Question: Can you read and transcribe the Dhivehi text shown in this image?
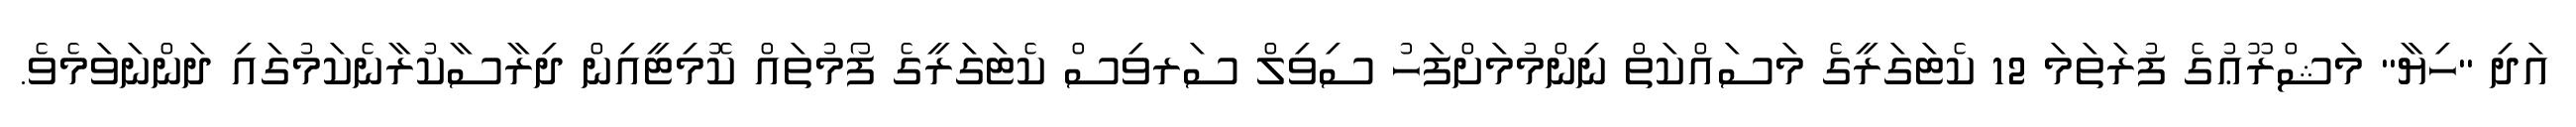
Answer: އަދި "ހިޔާ" މަޝްރޫޢުގެ ފުރަތަމަ 12 ކެޓަގަރީގެ މަސައްކަތް ނިންމުމަށްފަހު ސިވިލް ސަރވިސް ކެޓަގަރީގެ ފޯމުތައް ކޮމިޓީއިން ދިރާސާކުރާނެކަމުގައި ދަންނަވަމެވެ.